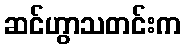
ဆင်ဟွာသတင်းက